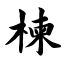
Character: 楝